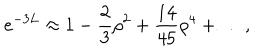
e ^ { - 3 L } \approx 1 - \frac { 2 } { 3 } \rho ^ { 2 } + \frac { 1 4 } { 4 5 } \rho ^ { 4 } + \ldots ,